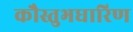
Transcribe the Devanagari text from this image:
कौस्तुभधारिण